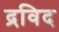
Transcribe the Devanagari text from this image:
द्रविद